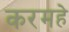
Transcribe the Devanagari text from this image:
करमहे